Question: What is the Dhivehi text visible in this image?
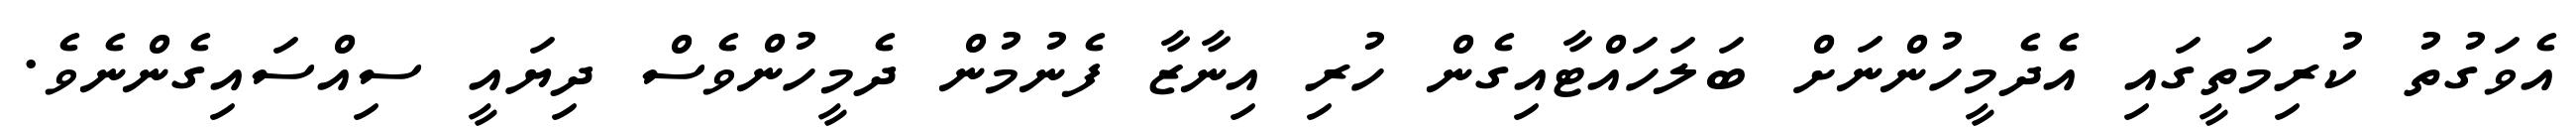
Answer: އެވަގުތު ކުރިމަތީގައި އެދެމީހުންނަށް ބަލަހައްޓާއިގެން ހުރި އިނާޒާ ފެނުމުން ދެމީހުންވެސް ދިޔައީ ސިއްސައިގެންނެވެ.